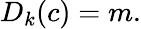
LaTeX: D_{k}(c)=m.